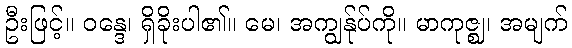
ဦးဖြင့်။ ဝန္ဒေ၊ ရှိခိုးပါ၏။ မေ၊ အကျွန်ုပ်ကို။ မာကုဇ္ဈ၊ အမျက်